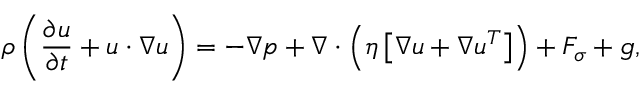
\rho \left( \frac { \partial \boldsymbol { u } } { \partial t } + \boldsymbol { u } \cdot \boldsymbol { \nabla u } \right) = - \boldsymbol { \nabla } p + \boldsymbol { \nabla } \cdot \left( \eta \left[ \boldsymbol { \nabla u } + \boldsymbol { \nabla u ^ { T } } \right] \right) + \boldsymbol { F _ { \sigma } } + \boldsymbol { g } ,